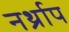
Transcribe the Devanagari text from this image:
नर्थ्राप